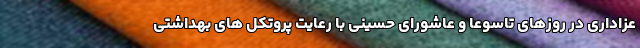
عزاداری در روزهای تاسوعا و عاشورای حسینی با رعایت پروتکل های بهداشتی